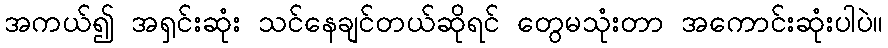
အကယ်၍ အရှင်းဆုံး သင်နေချင်တယ်ဆိုရင် တွေမသုံးတာ အကောင်းဆုံးပါပဲ။